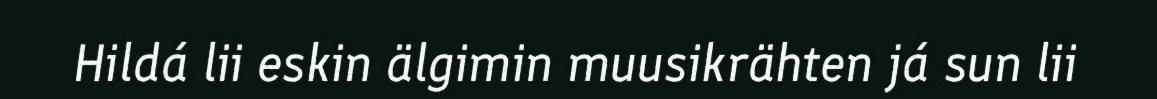
Hildá lii eskin älgimin muusikrähten já sun lii